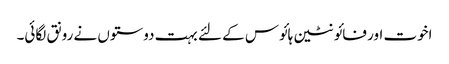
اخوت اور فائونٹین ہائوس کے لئے بہت دوستوں نے رونق لگائی۔